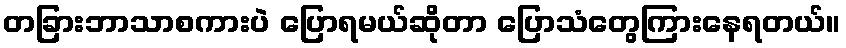
တခြားဘာသာစကားပဲ ပြောရမယ်ဆိုတာ ပြောသံတွေကြားနေရတယ်။